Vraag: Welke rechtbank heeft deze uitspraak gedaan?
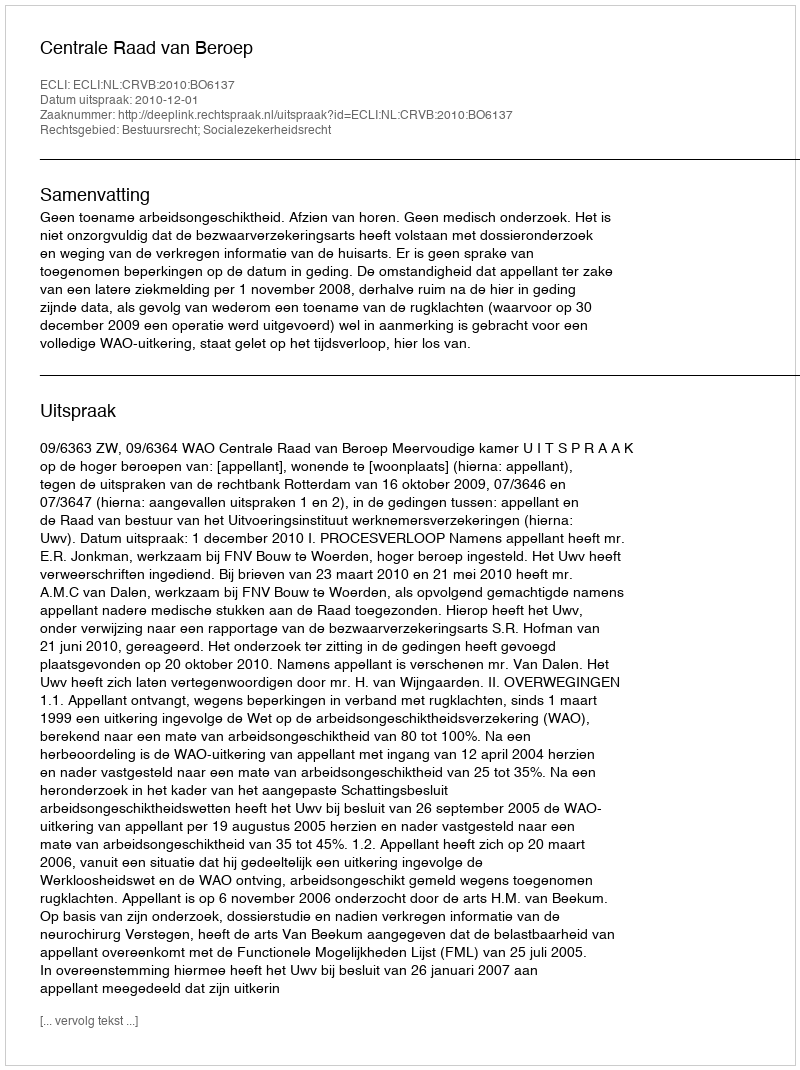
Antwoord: Centrale Raad van Beroep